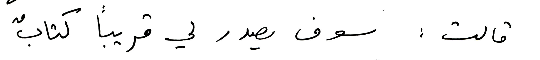
قالت: سوف يصدر لي قريباً كتابٌ